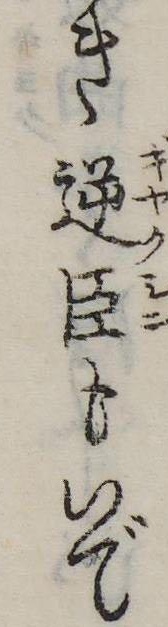
き逆臣もいで